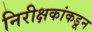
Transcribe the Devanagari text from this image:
निरीक्षकांकडून